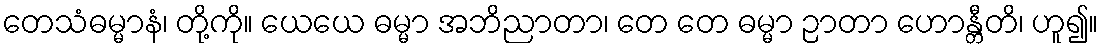
တေသံဓမ္မာနံ၊ တို့ကို။ ယေယေ ဓမ္မာ အဘိညာတာ၊ တေ တေ ဓမ္မာ ဉာတာ ဟောန္တီတိ၊ ဟူ၍။